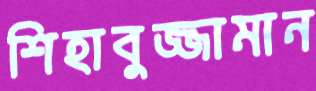
শিহাবুজ্জামান